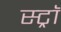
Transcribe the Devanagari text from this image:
स्ट्राॅ